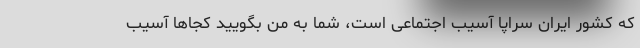
که کشور ایران سراپا آسیب اجتماعی است، شما به من بگویید کجاها آسیب